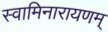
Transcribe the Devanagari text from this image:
स्वामिनारायणम्